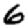
Digit: 6